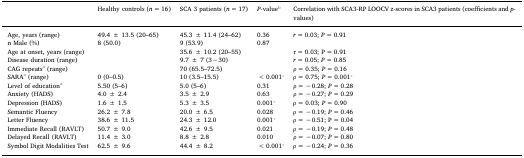
<table><thead><tr><td></td><td><b>Healthy controls (<i>n</i> = 16)</b></td><td><b>SCA 3 patients (<i>n</i> = 17)</b></td><td><b><i>P</i>-valueb</b></td><td><b>Correlation with SCA3-RP LOOCV z-scores in SCA3 patients (coefficients and <i>p</i>-values)</b></td></tr></thead><tbody><tr><td>Age, years (range)</td><td>49.4 ± 13.5 (20–65)</td><td>45.3 ± 11.4 (24–62)</td><td>0.36</td><td><i>r</i> = 0.03; <i>P</i> = 0.91</td></tr><tr><td>n Male (%)</td><td>8 (50.0)</td><td>9 (53.9)</td><td>0.87</td><td></td></tr><tr><td>Age at onset, years (range)</td><td></td><td>35.6 ± 10.2 (20–55)</td><td></td><td>r = 0.03; P = 0.91</td></tr><tr><td>Disease duration (range)</td><td></td><td>9.7 ± 7 (3−30)</td><td></td><td><i>r</i> = 0.05; <i>P</i> = 0.85</td></tr><tr><td>CAG repeatsa (range)</td><td></td><td>70 (65.5–72.5)</td><td></td><td>ρ = 0.35; <i>P</i> = 0.16</td></tr><tr><td>SARAa (range)</td><td>0 (0–0.5)</td><td>10 (3.5–15.5)</td><td>&lt;0.001⁎</td><td>ρ = 0.75; <i>P</i> = 0.001⁎</td></tr><tr><td>Level of educationa</td><td>5.50 (5–6)</td><td>5.0 (5–6)</td><td>0.31</td><td>ρ = −0.28; <i>P</i> = 0.28</td></tr><tr><td>Anxiety (HADS)</td><td>4.0 ± 2.4</td><td>3.5 ± 2.9</td><td>0.63</td><td>ρ = −0.27; <i>P</i> = 0.29</td></tr><tr><td>Depression (HADS)</td><td>1.6 ± 1.5</td><td>5.3 ± 3.5</td><td>0.001⁎</td><td>ρ = 0.03; <i>P</i> = 0.90</td></tr><tr><td>Semantic Fluency</td><td>26.2 ± 7.8</td><td>20.0 ± 6.5</td><td>0.028</td><td>ρ = −0.19; <i>P</i> = 0.46</td></tr><tr><td>Letter Fluency</td><td>38.6 ± 11.5</td><td>24.3 ± 12.0</td><td>0.001⁎</td><td>ρ = −0.51; P = 0.04</td></tr><tr><td>Immediate Recall (RAVLT)</td><td>50.7 ± 9.0</td><td>42.6 ± 9.5</td><td>0.021</td><td>ρ = −0.19; <i>P</i> = 0.48</td></tr><tr><td>Delayed Recall (RAVLT)</td><td>11.4 ± 3.0</td><td>8.8 ± 2.8</td><td>0.010</td><td>ρ = −0.07; <i>P</i> = 0.80</td></tr><tr><td>Symbol Digit Modalities Test</td><td>62.5 ± 9.6</td><td>44.4 ± 8.2</td><td>&lt;0.001⁎</td><td>ρ = −0.24; <i>P</i> = 0.36</td></tr></tbody></table>